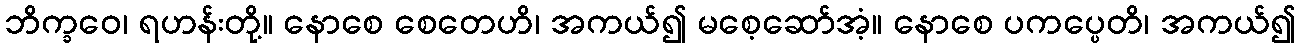
ဘိက္ခဝေ၊ ရဟန်းတို့။ နောစေ စေတေဟိ၊ အကယ်၍ မစေ့ဆော်အံ့။ နောစေ ပကပ္ပေတိ၊ အကယ်၍